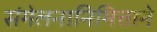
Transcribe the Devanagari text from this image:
संमेलनानिमित्ताने